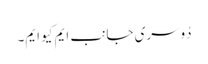
دُوسری جانب ایم کیو ایم۔